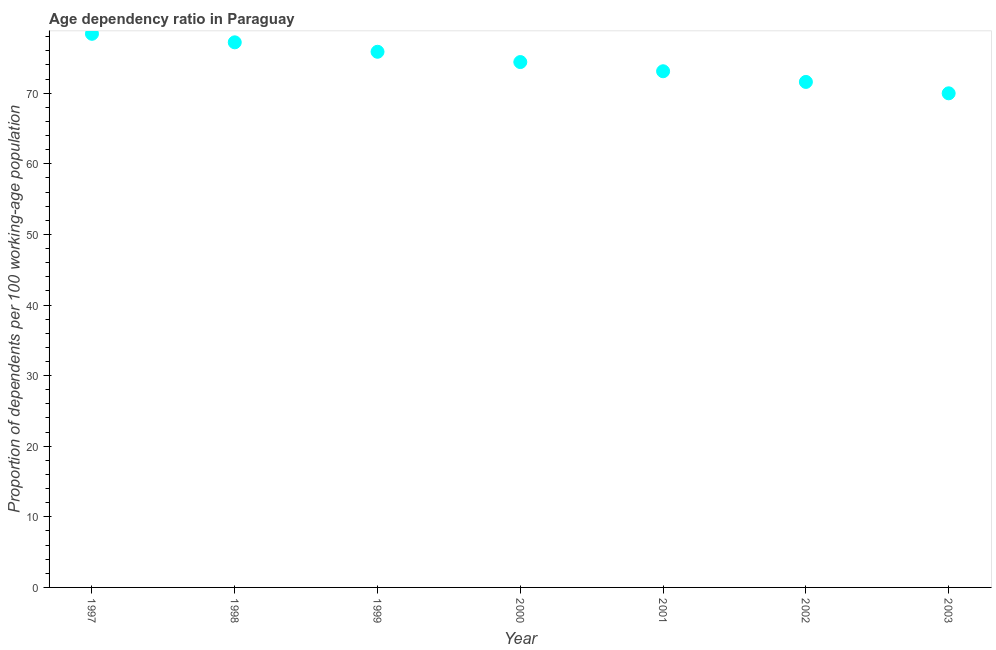
| Year | Age dependency ratio (% of working-age population) |
 | --- | --- |
 | 1997 | 78.4 |
 | 1998 | 77.2 |
 | 1999 | 75.9 |
 | 2000 | 74.4 |
 | 2001 | 73.1 |
 | 2002 | 71.6 |
 | 2003 | 70 |